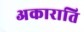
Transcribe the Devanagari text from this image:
अकाराति